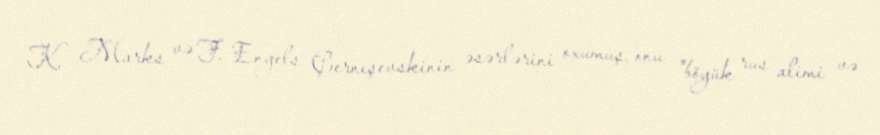
K. Marks və F. Engels Çernışevskinin əsərlərini oxumuş, onu "böyük rus alimi və